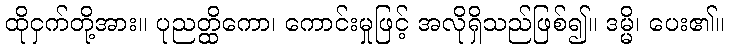
ထိုငှက်တို့အား။ ပုညတ္ထိကော၊ ကောင်းမှုဖြင့် အလိုရှိသည်ဖြစ်၍။ ဒမ္မိ၊ ပေး၏။